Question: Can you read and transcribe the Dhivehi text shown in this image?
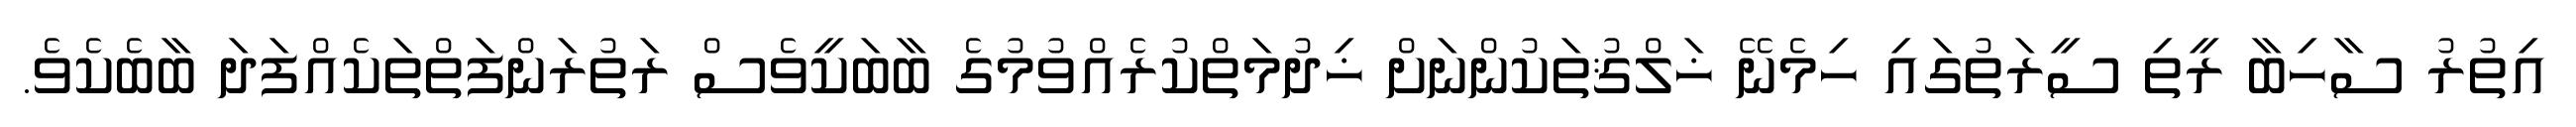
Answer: އިތުރު ސާހިބާ ރީތި ސީރަތުގައި ހިމެނޭ ޚަލްޤުތަކުންނަށް ޚިދުމަތްކުރެއްވުމުގެ ބާބަކީވެސް ރަތުރަންފަތްތަކެއްފަދަ ބާބެކެވެ.